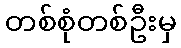
တစ်စုံတစ်ဦးမှ